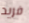
فريد